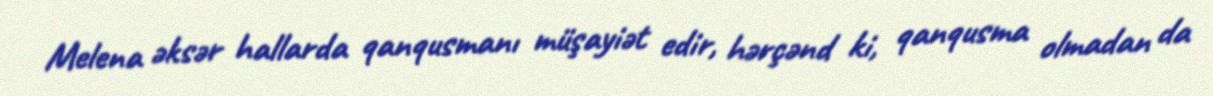
Melena əksər hallarda qanqusmanı müşayiət edir, hərçənd ki, qanqusma olmadan da